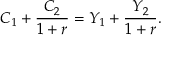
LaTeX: C _ { 1 } + { \frac { C _ { 2 } } { 1 + r } } = Y _ { 1 } + { \frac { Y _ { 2 } } { 1 + r } } .